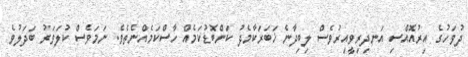
ދުވަހުގެ އިރުއޮއްސި އަނދިރިވީއިރުވެސް ލިބިދާނެ ޚަބަރަކާމެދު ކަންބޮޑުކަމެއް ހާސްކަމެއްނެތެވެ. ނަމަވެސް ކުލަވަރު ބަދަލުވެ